Report on horse surra - Volume I
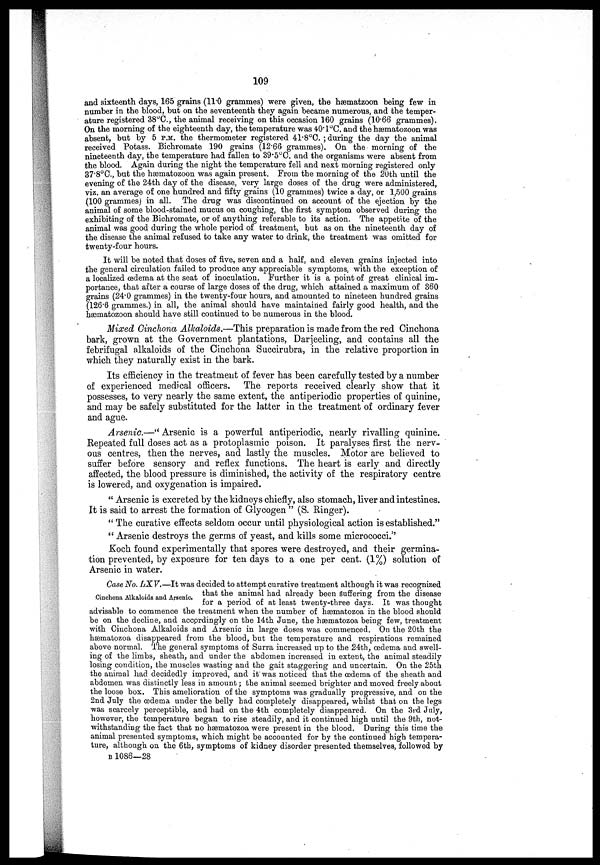
109
and sixteenth days, 165 grains (11.0 grammes) were given, the hæmatzoon being few in
number in the blood, but on the seventeenth they again became numerous, and the temper-
ature registered 38°C., the animal receiving on this occasion 160 grains (10.66 grammes).
Cm the morning of the eighteenth day, the temperature was 40.l o C. and the hæmatozoon was
absent, but by 5 P.M. the thermometer registered 41.8°C. ; during the day the animal
received Potass. Bichromate 190 grains (12.66 grammes). On the morning of the
nineteenth day, the temperature had fallen to 39.5°C. and the organisms were absent from
the blood. Again during the night the temperature fell and next morning registered only
37.8°C., but the hæmatozoon was again present. From the morning of the 20th until the
evening of the 24th day of the disease, very large doses of the drug were administered,
viz. an average of one hundred and fifty grains (10 grammes) twice a day, or 1,500 grains
(100 grammes) in all. The drug was discontinued on account of the ejection by the
animal of some blood-stained mucus on coughing, the first symptom observed during the
exhibiting of the Bichromate, or of anything referable to its action. The appetite of the
animal was good during the whole period of treatment, but as on the nineteenth day of
the disease the animal refused to take any water to drink, the treatment was omitted for
twenty-four hours.
It will be noted that doses of five, seven and a half, and eleven grains injected into
the general circulation failed to produce any appreciable symptoms, with the exception of
a localized oedema at the seat of inoculation. Further it is a point of great clinical im-
portance, that after a course of large doses of the drug, which attained a maximum of 360
grains (24.0 grammes) in the twenty-four hours, and amounted to nineteen hundred grains
(126.6 grammes.) in all, the animal should have maintained fairly good health, and the
hæmatozoon should have still continued to be numerous in the blood.
Mixed Cinchona Alkaloids.—This preparation is made from the red Cinchona
bark, grown at the Government plantations, Darjeeling, and contains all the
febrifugal alkaloids of the Cinchona Succirubra, in the relative proportion in
which they naturally exist in the bark.
Its efficiency in the treatment of fever has been carefully tested by a number
of experienced medical officers.
The reports received clearly show that it
possesses, to very nearly the same extent, the antiperiodic properties of quinine,
and may be safely substituted for the latter in the treatment of ordinary fever
and ague.
Arsenic.—" Arsenic is a powerful antiperiodic, nearly rivalling quinine.
Repeated full doses act as a protoplasmic poison. It paralyses first the nerv-
ous centres, then the nerves, and lastly the muscles. Motor are believed to
suffer before sensory and reflex functions. The heart is early and directly
affected, the blood pressure is diminished, the activity of the respiratory centre
is lowered, and oxygenation is impaired.
" Arsenic is excreted by the kidneys chiefly, also stomach, liver and intestines.
It is said to arrest the formation of Glycogen " (S. Ringer).
" The curative effects seldom occur until physiological action is established."
" Arsenic destroys the germs of yeast, and kills some micrococci."
Koch found experimentally that spores were destroyed, and their germina-
tion prevented, by exposure for ten days to a one per cent. (1%) solution of
Arsenic in water.
Case No. LXV.—It was decided to attempt curative treatment although it was recognized
Cinchona Alkaloids and Arsenic. that the animal had already been Suffering from the disease
tor a period or at least twenty-three days. It was thought
advisable to commence the treatment when the number of hæmatozoa in the blood should
be on the decline, and accprdingly on the 14th June, the hæmatozoa being few, treatment
with Cinchona Alkaloids and Arsenic in large doses was commenced. On the 20th the
hæmatozoa disappeared from the blood, but the temperature and respirations remained
above normal. The general symptoms of Surra increased up to the 24th, oedema and swell-
ing of the limbs, sheath, and under the abdomen increased in extent, the animal steadily
losing condition, the muscles wasting and the gait staggering and uncertain. On the 25th
the animal had decidedly improved, and it was noticed that the oedema of the sheath and
abdomen was distinctly less in amount ; the animal seemed brighter and moved freely about
the loose box. This amelioration of the symptoms was gradually progressive, and on the
2nd July the oedema under the belly had completely disappeared, whilst that on the legs
was scarcely perceptible, and had on the 4th completely disappeared. On the 3rd July,
however, the temperature began to rise steadily, and it continued high until the 9th, not-
withstanding the fact that no hæmatozoa were present in the blood. During this time the
animal presented symptoms, which might be accounted for by the continued high tempera-
ture, although on the 6th, symptoms of kidney disorder presented themselves, followed by
B1086—28